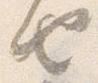
由